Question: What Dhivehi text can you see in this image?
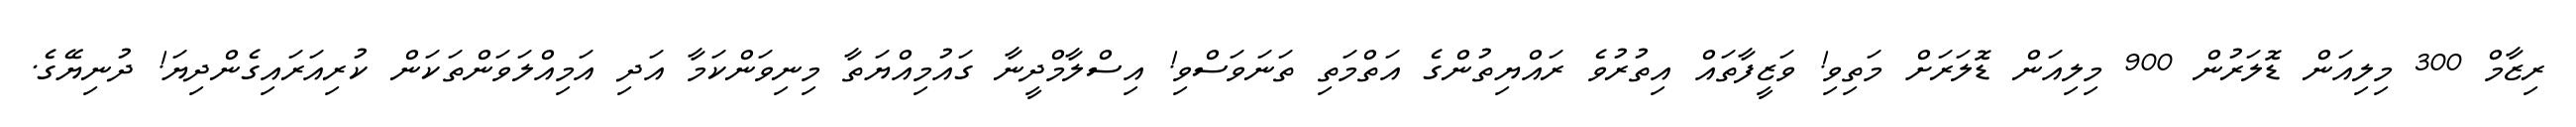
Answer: ރިޒާމް 300 މިލިއަން ޑޮލަރުން 900 މިލިއަން ޑޮލަރަށް މަތިވި! ވަޒީފާތައް އިތުރުވެ ރައްޔިތުންގެ އަތްމަތި ތަނަވަސްވި! އިސްލާމްދީނާ ގައުމިއްޔަތާ މިނިވަންކަމާ އަދި އަމިއްލަވަންތަކަން ކުރިއަރައިގެންދިޔަ! ދުނިޔޭގެ.